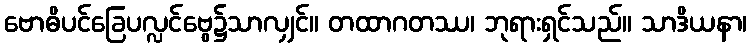
ဗောဓိပင်ခြေပလ္လင်ဗွေ၌သာလျှင်။ တထာဂတဿ၊ ဘုရားရှင်သည်။ သာဒိယနာ၊